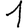
Digit: 1